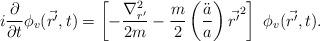
LaTeX: \begin{align*}i \frac{\partial}{\partial t} \phi_v ( \vec {r'}, t) = \left[ - \frac{{\nabla}^2_{r'}}{2 m} - \frac{m}{2} \left( \frac{\ddot a}{a} \right) {\vec {r'}}^2 \right] \ \phi_v (\vec {r'}, t).\end{align*}